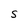
Character: S